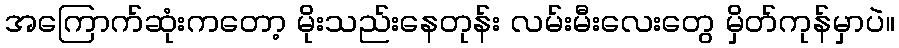
အကြောက်ဆုံးကတော့ မိုးသည်းနေတုန်း လမ်းမီးလေးတွေ မှိတ်ကုန်မှာပဲ။